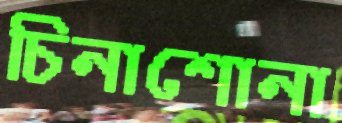
চিনাশোনা